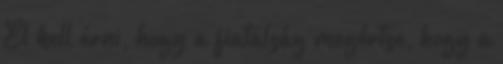
El kell érni, hogy a fiatalság megértse, hogy a